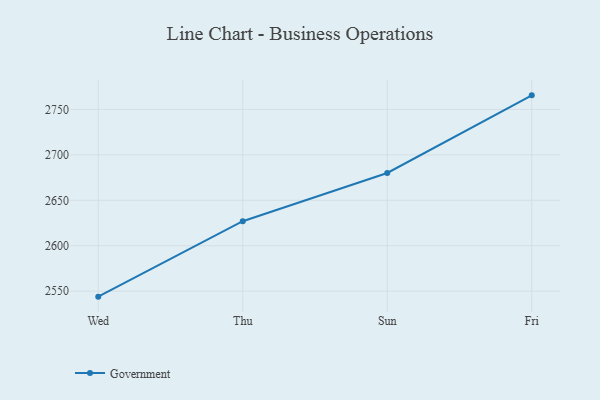
{"axis": {"x": "Day", "y": "Website Visitors"}, "legend": ["Government"], "data": [{"x": "Wed", "y": 2544.0, "type": "Government"}, {"x": "Thu", "y": 2627.0, "type": "Government"}, {"x": "Sun", "y": 2680.1, "type": "Government"}, {"x": "Fri", "y": 2765.5, "type": "Government"}]}